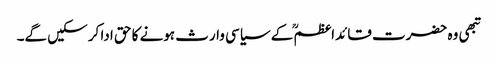
تبھی وہ حضرت قائداعظمؒ کے سیاسی وارث ہونے کا حق ادا کر سکیں گے۔